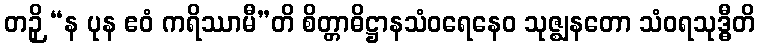
တဉှိ “န ပုန ဧဝံ ကရိဿာမီ”တိ စိတ္တာဓိဋ္ဌာနသံဝရေနေဝ သုဇ္ဈနတော သံဝရသုဒ္ဓီတိ